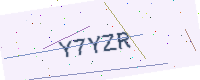
Text: Y7YZR